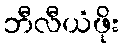
ဘီလီယံဖိုး